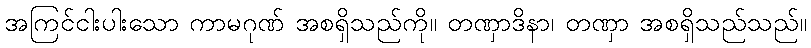
အကြင်ငါးပါးသော ကာမဂုဏ် အစရှိသည်ကို။ တဏှာဒိနာ၊ တဏှာ အစရှိသည်သည်။